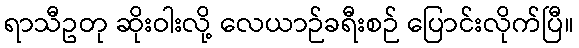
ရာသီဥတု ဆိုးဝါးလို့ လေယာဉ်ခရီးစဉ် ပြောင်းလိုက်ပြီ။